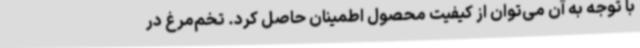
با توجه به آن می‌توان از کیفیت محصول اطمینان حاصل کرد. تخم‌مرغ در